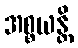
အစ္စယန္တိ